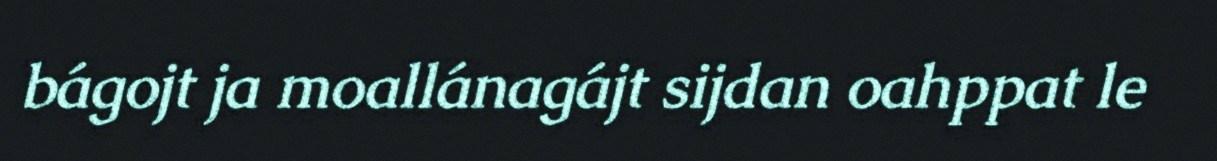
bágojt ja moallánagájt sijdan oahppat le